Annual report on the working of the lock hospitals in the Central Provinces
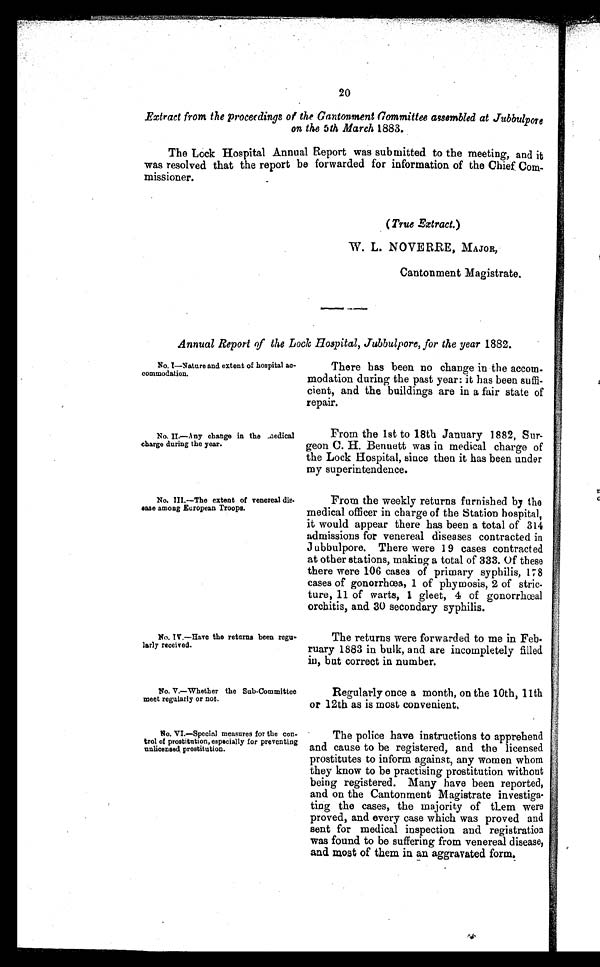
20
Extract from the proceedings of the Cantonment Committee assembled at Jubbulpore
on the 5th March 1883.
The Lock Hospital Annual Report was submitted to the meeting, and it
was resolved that the report be forwarded for information of the Chief Com-
missioner.
(True Extract.)
W. L. NOVERRE, MAJOR,
Cantonment Magistrate.
Annual Report of the Lock Hospital, Jubbulpore, for the year 1882.
No. 1—Nature and extent of hospital ac-
commodation.
No. II.—Any change in the ..43edical
charge during the year.
No.
extent of venereal dis-
ease among European Troops.
No. IV.—Have the returns been regu-
larly received.
No. V.—Whether the Sub-Committee
meet regularly or not.
There has been no change in the accom-
modation during the past year: it has been suffi-
cient, and the buildings are in a fair state of
repair.
From the 1st to 18th January 1882, Sur-
geon CAI Benuett was in medical charge of
the Lock Hospital, since then it has been under
m y superintendence.
From the weekly returns furnished by the
medical officer in charge of the Station hospital,
it would appear there has been a total of 314
admissions for venereal diseases contracted in
J ubbulpore. There were 19 cases contracted
at other stations, making a total of 333. Of these
there were 106 cases of primary syphilis, 178
cases of gonorrhoea, 1 of phymosis, 2 of stric-
ture, 11 of warts, 1 gleet, 4 of gonorrhoeal
orchitis, and 30 secondary syphilis.
The returns were forwarded to me in Feb-
ruary 1883 in bulk, and are incompletely filled
in, bat correct in number.
Regularly once a month, on the 10th, 11th
or 12th as is most convenient.
No. VI.—Special measures for the con-
trol of prostitution, especially for preventing
unlicensed, prostitution.
The police have instructions to apprehend
and cause to be registered, and the licensed
prostitutes to inform against, any women whom
they know to be practising prostitution without
being registered. Many have been reported,
and on the Cantonment Magistrate investiga-
ting the cases, the majority of tLem were
proved, and every case which was proved and
sent for medical inspection and registration
was found to be suffering from venereal disease,
and most of them in an aggravated form.